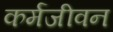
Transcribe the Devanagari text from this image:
कर्मजीवन